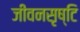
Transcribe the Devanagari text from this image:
जीवनसृष्टि